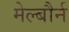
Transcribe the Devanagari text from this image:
मेल्बौर्न